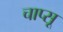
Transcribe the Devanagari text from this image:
चाप्सू